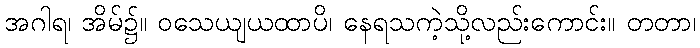
အဂါရ၊ အိမ်၌။ ဝသေယျယထာပိ၊ နေရသကဲ့သို့လည်းကောင်း။ တတာ၊